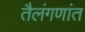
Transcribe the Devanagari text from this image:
तैलंगणांत